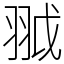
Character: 䎀